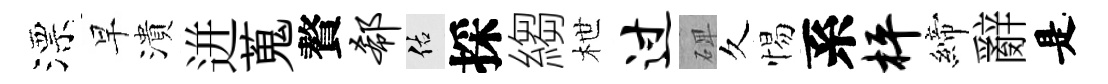
漂早潰迸蒐贅欷佑採縐枻过𥓓久惕系枰締辭是